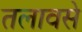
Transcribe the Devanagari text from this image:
तलावसे